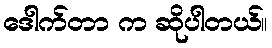
ဒေါက်တာ က ဆိုပါတယ်။